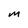
Character: M